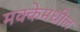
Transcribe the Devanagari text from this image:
मक्केमधील